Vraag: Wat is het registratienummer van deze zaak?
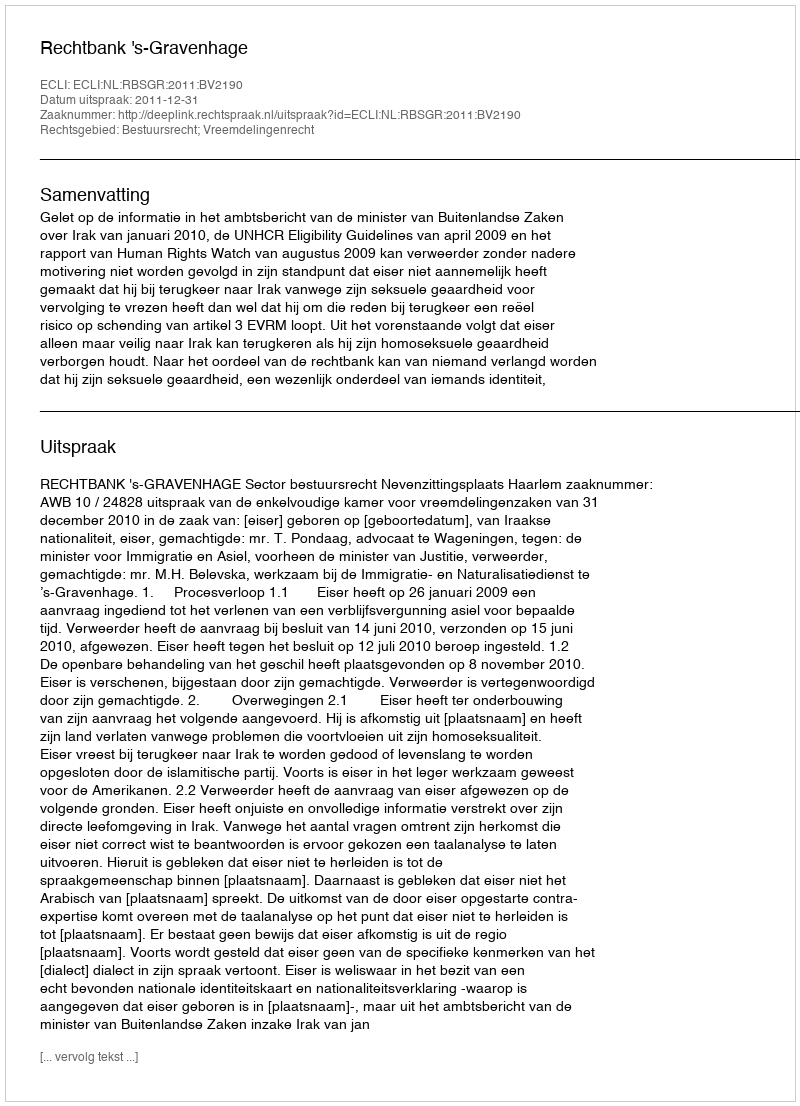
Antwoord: http://deeplink.rechtspraak.nl/uitspraak?id=ECLI:NL:RBSGR:2011:BV2190